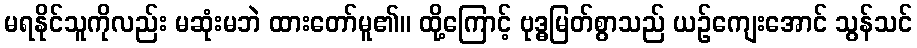
မရနိုင်သူကိုလည်း မဆုံးမဘဲ ထားတော်မူ၏။ ထို့ကြောင့် ဗုဒ္ဓမြတ်စွာသည် ယဉ်ကျေးအောင် သွန်သင်